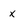
Character: x